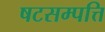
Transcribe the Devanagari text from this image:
षटसम्पत्ति